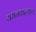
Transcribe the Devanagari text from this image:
यमनकल्याण